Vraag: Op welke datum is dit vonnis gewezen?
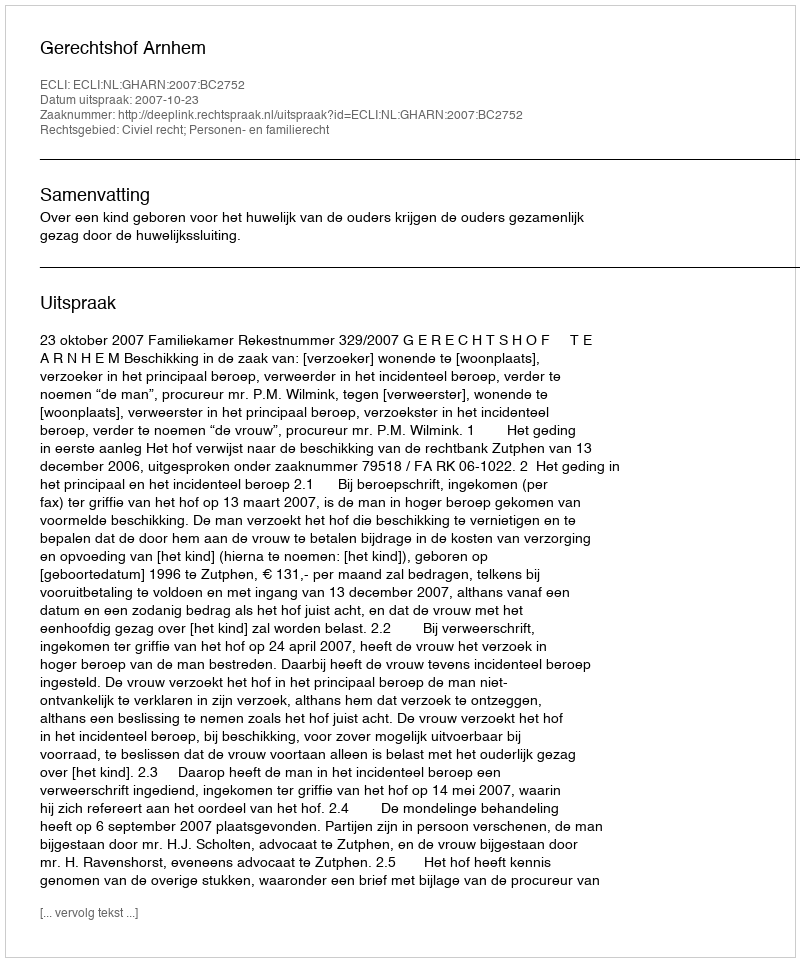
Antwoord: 2007-10-23